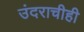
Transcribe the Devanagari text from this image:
उंदराचीही